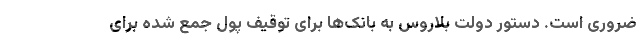
ضروری است. دستور دولت بلاروس به بانک‌ها برای توقیف پول جمع شده برای